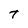
Character: T